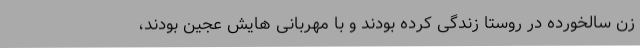
زن سالخورده در روستا زندگی کرده بودند و با مهربانی هایش عجین بودند،